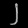
Digit: ၂